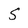
Character: S